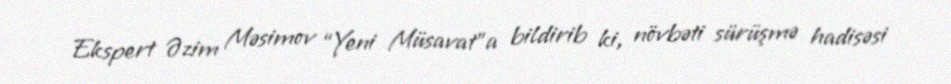
Ekspert Əzim Məsimov “Yeni Müsavat”a bildirib ki, növbəti sürüşmə hadisəsi